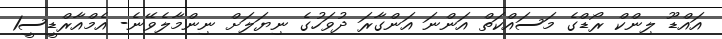
އައްޑޫ ލިންކް ރޯޑްގެ މަސައްކަތް އަންނަ އަންގާރަ ދުވަހުގެ ނިޔަލަށް ނިންމާލެވޭނެ- އެމްއާރްޑީސީ1